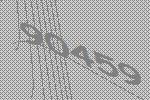
90459